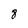
Character: 8